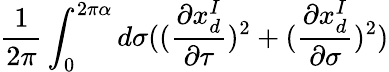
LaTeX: \frac{1}{2\pi}\int_{0}^{2\pi\alpha}d\sigma((\frac{\partial x_{d}^{I}}{\partial\tau})^{2}+(\frac{\partial x_{d}^{I}}{\partial\sigma})^{2})